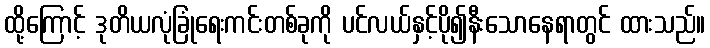
ထို့ကြောင့် ဒုတိယလုံခြုံရေးကင်းတစ်ခုကို ပင်လယ်နှင့်ပို၍နီးသောနေရာတွင် ထားသည်။